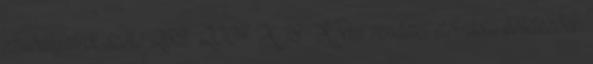
szabályairól szóló 269 2007. X. 18. Korm. rendelet előírásai kötelezőek.